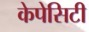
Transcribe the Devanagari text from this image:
केपेसिटी